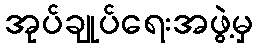
အုပ်ချုပ်ရေးအဖွဲ့မှ